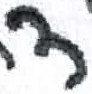
אות: ד